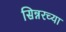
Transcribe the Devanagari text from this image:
सिन्नरच्या